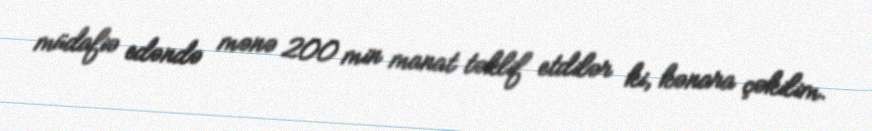
müdafiə edəndə mənə 200 min manat təklif etdilər ki, kənara çəkilim.